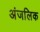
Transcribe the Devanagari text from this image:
अंजलिक